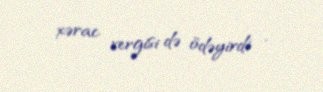
xərac vergisi də ödəyirdi .